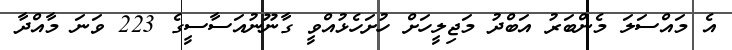
އެ މައްސަލަ މެންބަރު އަބްދު މަޖިލީހަށް ހުށަހެޅުއްވީ ގާނޫނުއަސާސީގެ 223 ވަނަ މާއްދާ